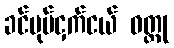
ခင်ပုပ်ငှက်ငယ် ဝတ္ထု